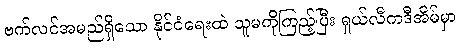
ဗက်လင်အမည်ရှိသော နိုင်ငံရေးထဲ သူမကိုကြည့်ပြီး ရှယ်လီကဒီအိမ်မှာ